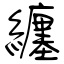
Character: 纏